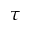
\tau